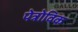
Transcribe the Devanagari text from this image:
पेत्रोविक